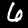
Label: 6